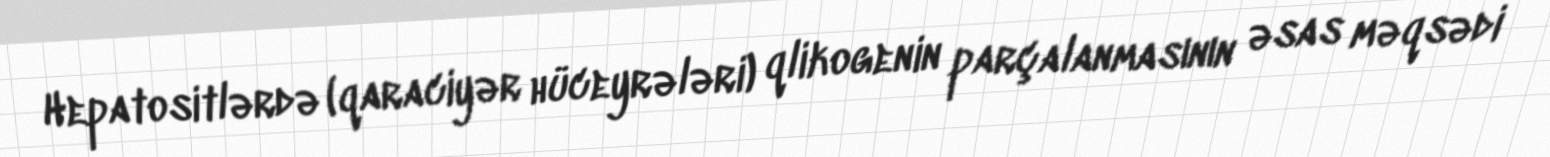
Hepatositlərdə (qaraciyər hüceyrələri) qlikogenin parçalanmasının əsas məqsədi